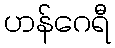
ဟန်ဂေရီ